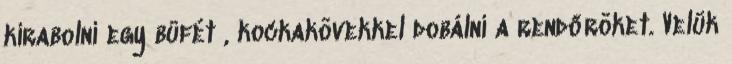
kirabolni egy büfét , kockakövekkel dobálni a rendőröket. Velük